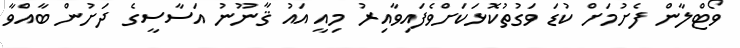
ވޯޓްލާން ފެށުމަށް ކުޑަ ވަގުތުކޮޅަކަށްވެފައިވާއިރު މިއީ އައު ޤާނޫނު އަސާސީގެ ދަށުން ބާއްވާ